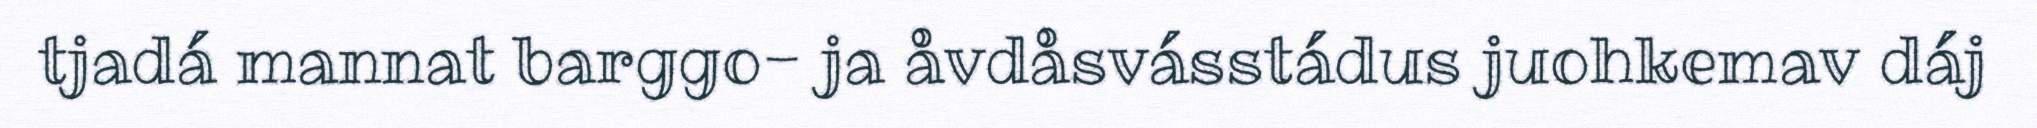
tjadá mannat barggo- ja åvdåsvásstádus juohkemav dáj